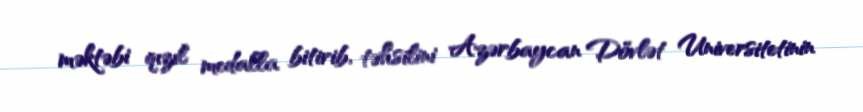
məktəbi qızıl medalla bitirib, təhsilini Azərbaycan Dövlət Universitetinin